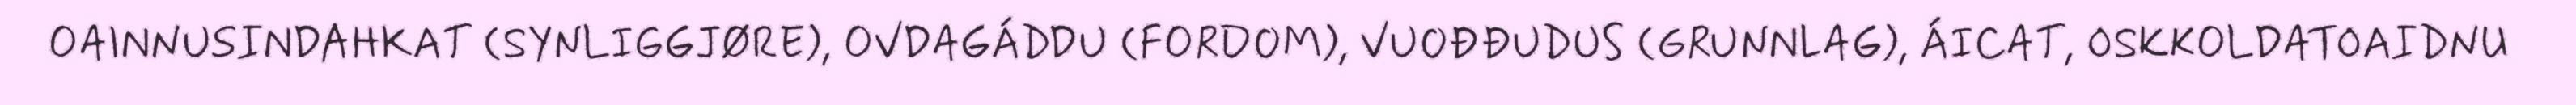
OAINNUSINDAHKAT (SYNLIGGJØRE), OVDAGÁDDU (FORDOM), VUOĐĐUDUS (GRUNNLAG), ÁICAT, OSKKOLDATOAIDNU